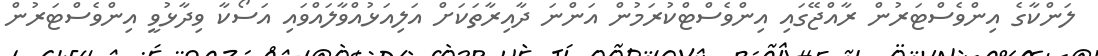
ލަންކާގެ އިންވެސްޓަރުން ރާއްޖޭގައި އިންވެސްޓްކުރަމުން އަންނަ ދާއިރާތަކަށް އަލިއަޅުއްވާލައްވައި އަސޯކާ ވިދާޅުވީ އިންވެސްޓަރުން